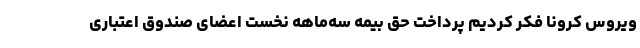
ویروس کرونا فکر کردیم پرداخت حق بیمه سه‌ماهه نخست اعضای صندوق اعتباری